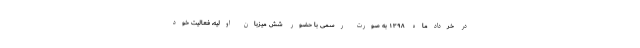
در خردادماه ۱۳۹۸ به صورت رسمی با حضور شش میزبان اولیه، فعالیت خود